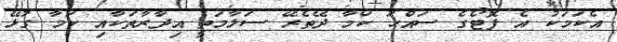
އެކަމަކު އެ ފޮޓޯގެ ސައްހަ ކަމާ ދޭތެރޭ ސަލާމަތީ އިދާރާތަކާއި ކަމާ ގުޅޭ